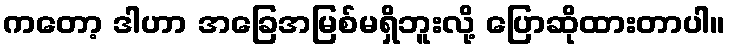
ကတော့ ဒါဟာ အခြေအမြစ်မရှိဘူးလို့ ပြောဆိုထားတာပါ။